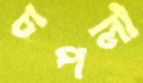
চপলা